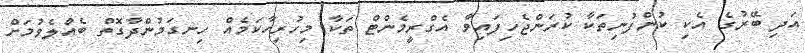
އަދި ބޭރުގެ އެކި ކުންފުނިތަކާ ކުރަންޖެހިފައިވާ އެގްރީމެންޓް ތަކާ މިހުރިހާކަމެއް ހިނގަމުންދާގޮތް ބެއްލެވުމަށް